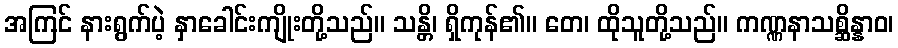
အကြင် နားရွက်ပဲ့ နှာခေါင်းကျိုးတို့သည်။ သန္တိ၊ ရှိကုန်၏။ တေ၊ ထိုသူတို့သည်။ ကဏ္ဏနာသစ္ဆိန္နာဝ၊